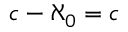
{ \mathfrak { c } } - \aleph _ { 0 } = { \mathfrak { c } }